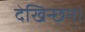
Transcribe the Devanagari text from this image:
देखिन्छन्।